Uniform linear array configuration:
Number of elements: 64
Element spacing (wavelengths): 0.25
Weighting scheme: binomial
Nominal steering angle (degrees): -45
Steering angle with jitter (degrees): -45.773
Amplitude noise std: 0.05
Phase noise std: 0.05

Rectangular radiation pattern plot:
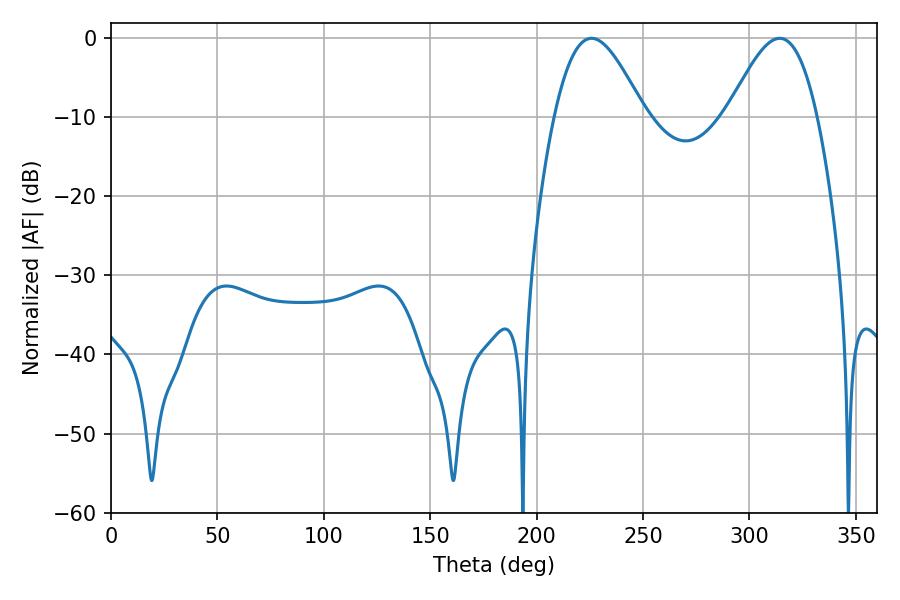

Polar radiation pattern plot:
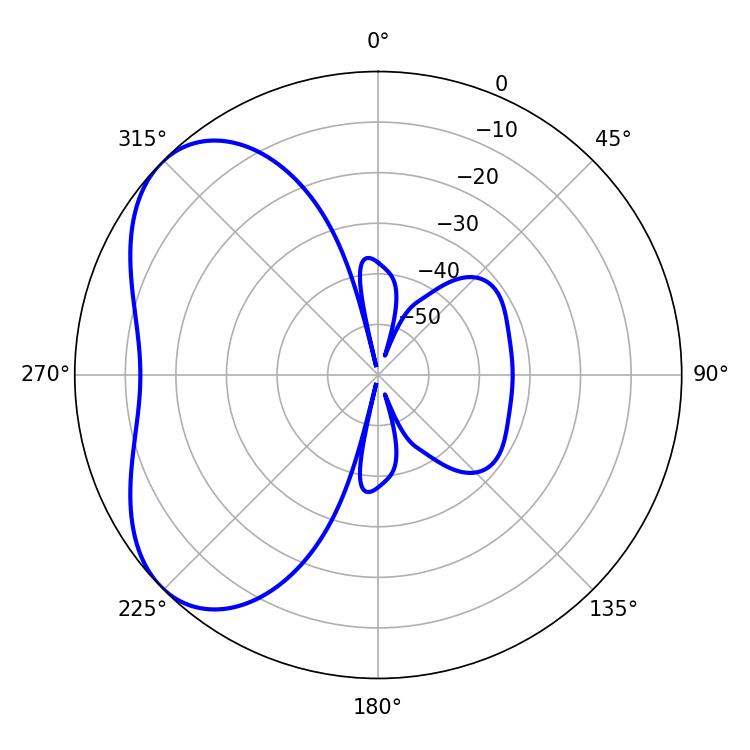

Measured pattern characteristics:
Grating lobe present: FALSE
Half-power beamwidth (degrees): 22.68
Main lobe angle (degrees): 314.28